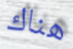
هناك